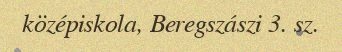
középiskola, Beregszászi 3. sz.